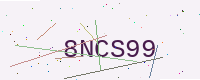
Text: 8NCS99